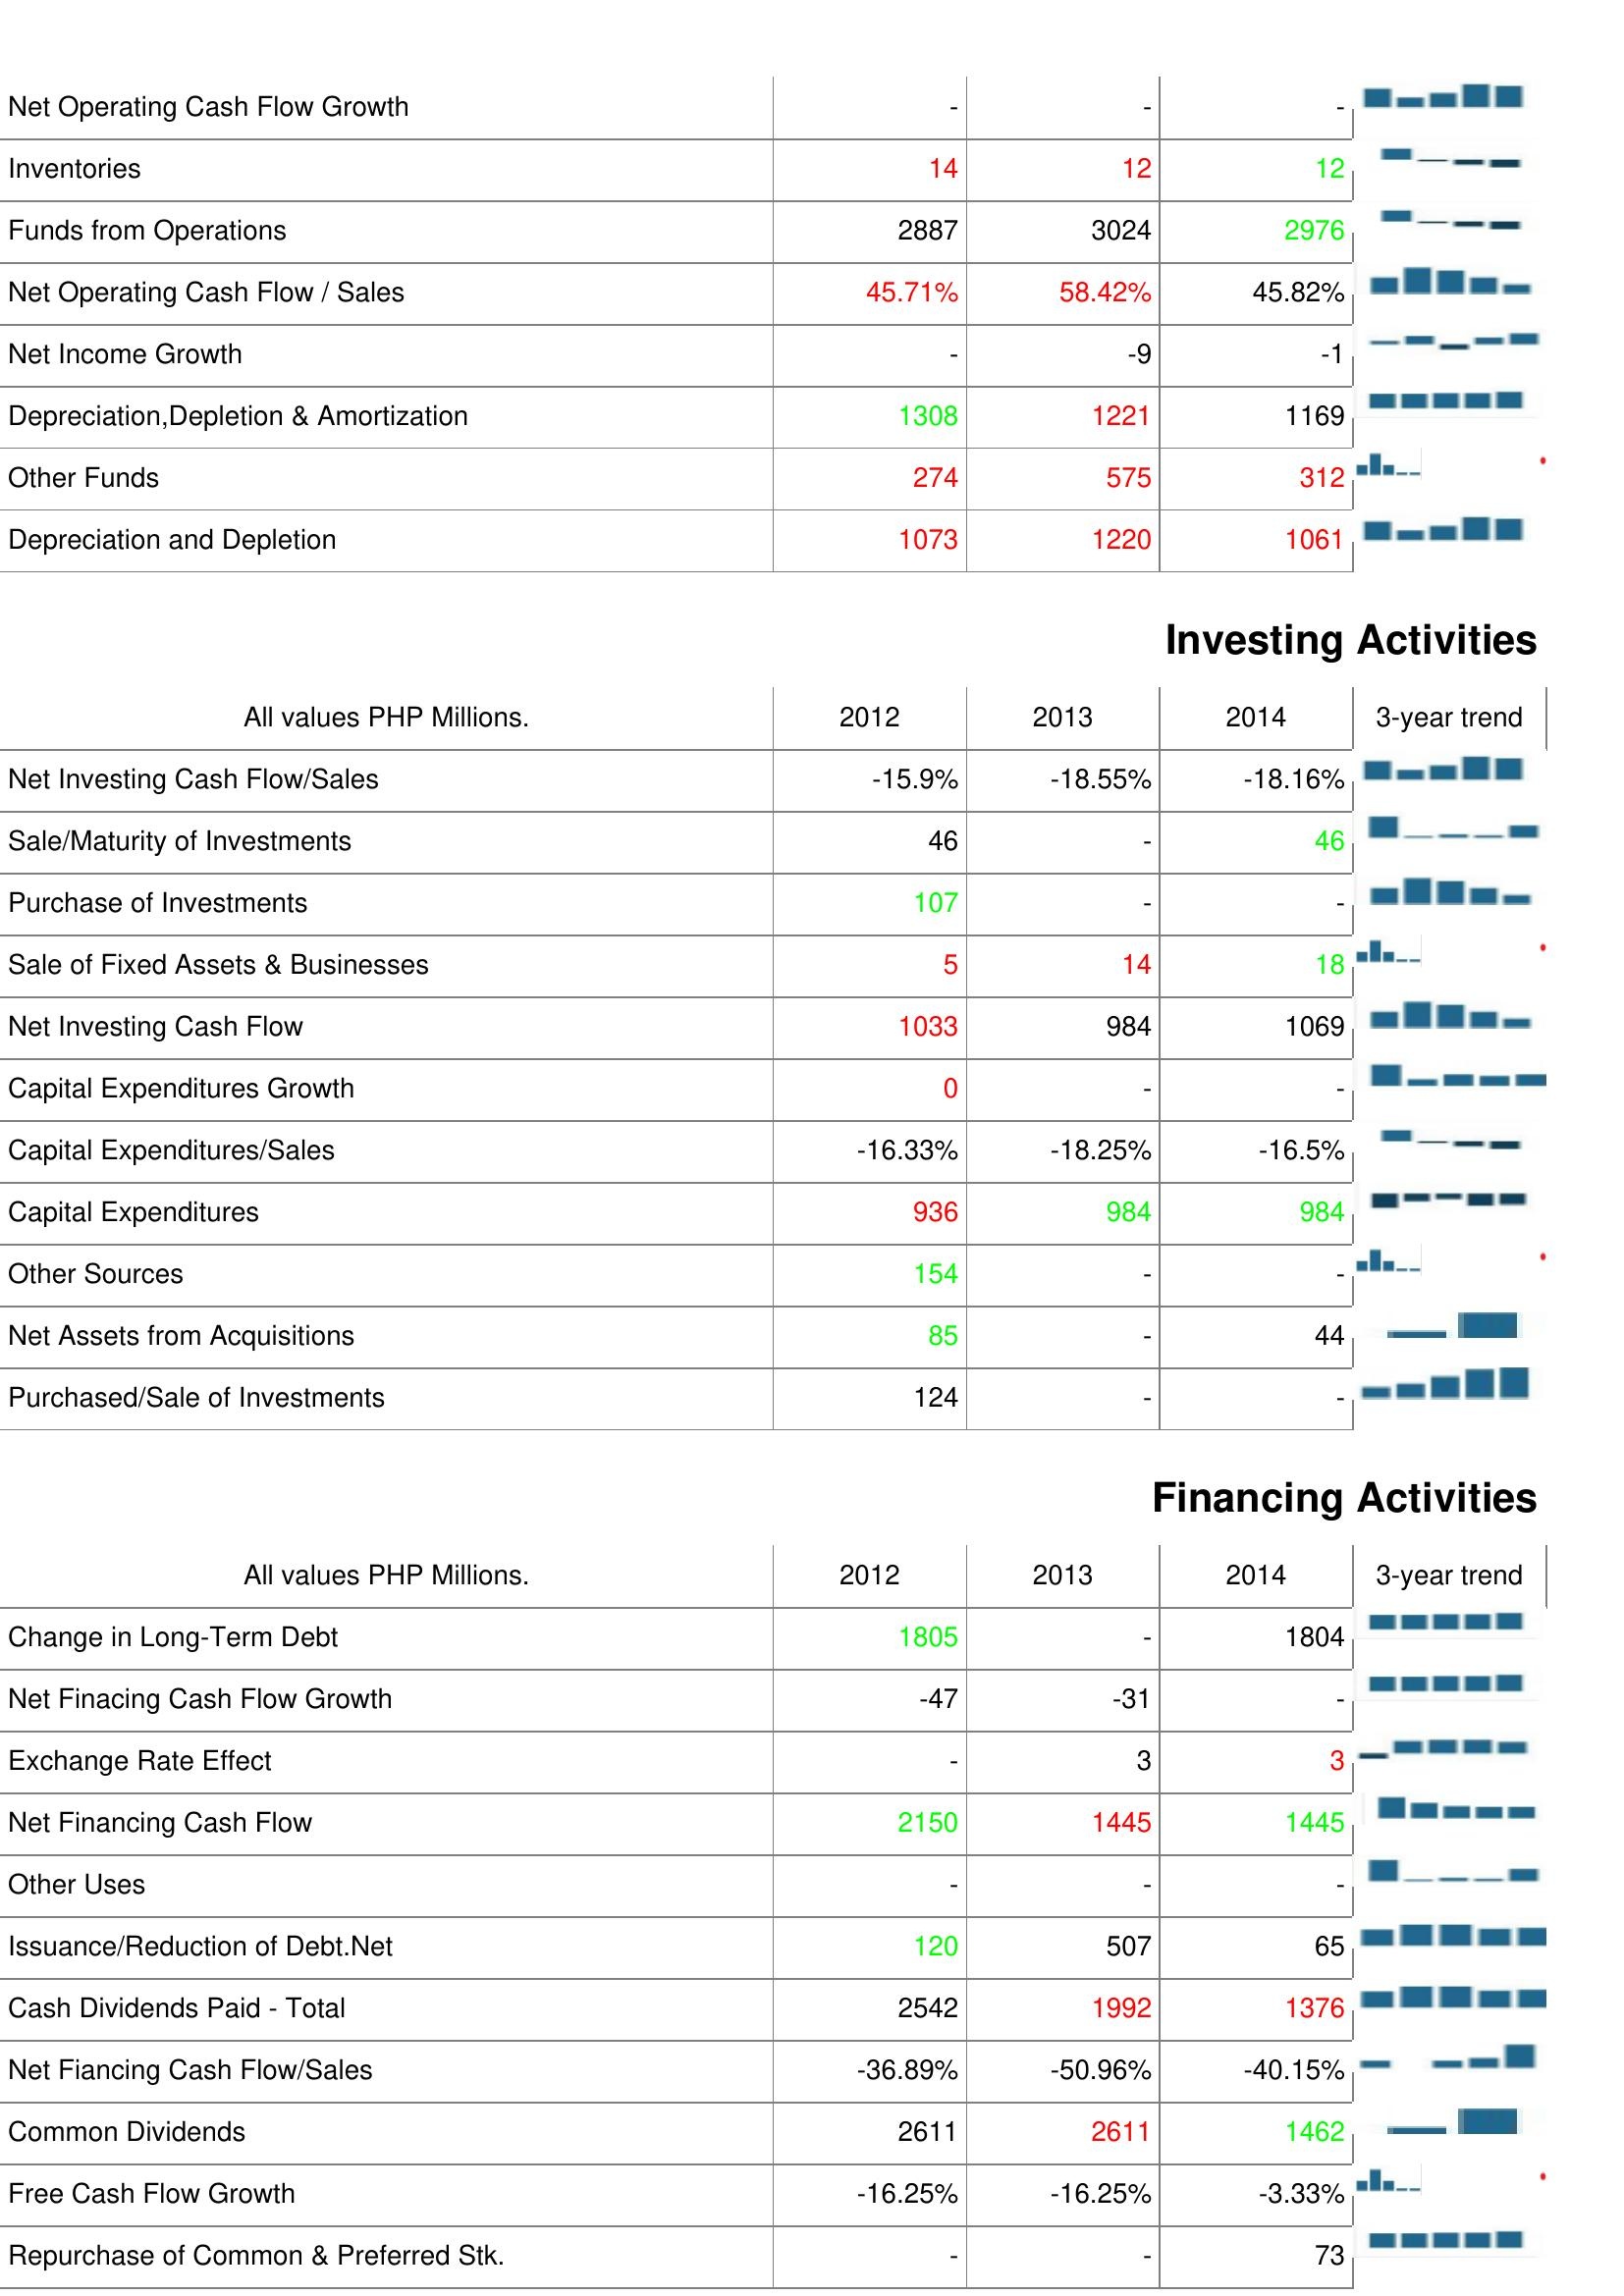
2012: Operating Activities: Net Operating Cash Flow Growth: -
Inventories: 14
Funds from Operations: 2887
Net Operating Cash Flow / Sales: 45.71%
Net Income Growth: -
Depreciation,Depletion & Amortization: 1308
Other Funds: 274
Depreciation and Depletion: 1073
Investing Activities: Net Investing Cash Flow/Sales: -15.9%
Sale/Maturity of Investments: 46
Purchase of Investments: 107
Sale of Fixed Assets & Businesses: 5
Net Investing Cash Flow: 1033
Capital Expenditures Growth: 0
Capital Expenditures/Sales: -16.33%
Capital Expenditures: 936
Other Sources: 154
Net Assets from Acquisitions: 85
Purchased/Sale of Investments: 124
Financing Activities: Change in Long-Term Debt: 1805
Net Finacing Cash Flow Growth: -47
Exchange Rate Effect: -
Net Financing Cash Flow: 2150
Other Uses: -
Issuance/Reduction of Debt.Net: 120
Cash Dividends Paid - Total: 2542
Net Fiancing Cash Flow/Sales: -36.89%
Common Dividends: 2611
Free Cash Flow Growth: -16.25%
Repurchase of Common & Preferred Stk.: -
2013: Operating Activities: Net Operating Cash Flow Growth: -
Inventories: 12
Funds from Operations: 3024
Net Operating Cash Flow / Sales: 58.42%
Net Income Growth: -9
Depreciation,Depletion & Amortization: 1221
Other Funds: 575
Depreciation and Depletion: 1220
Investing Activities: Net Investing Cash Flow/Sales: -18.55%
Sale/Maturity of Investments: -
Purchase of Investments: -
Sale of Fixed Assets & Businesses: 14
Net Investing Cash Flow: 984
Capital Expenditures Growth: -
Capital Expenditures/Sales: -18.25%
Capital Expenditures: 984
Other Sources: -
Net Assets from Acquisitions: -
Purchased/Sale of Investments: -
Financing Activities: Change in Long-Term Debt: -
Net Finacing Cash Flow Growth: -31
Exchange Rate Effect: 3
Net Financing Cash Flow: 1445
Other Uses: -
Issuance/Reduction of Debt.Net: 507
Cash Dividends Paid - Total: 1992
Net Fiancing Cash Flow/Sales: -50.96%
Common Dividends: 2611
Free Cash Flow Growth: -16.25%
Repurchase of Common & Preferred Stk.: -
2014: Operating Activities: Net Operating Cash Flow Growth: -
Inventories: 12
Funds from Operations: 2976
Net Operating Cash Flow / Sales: 45.82%
Net Income Growth: -1
Depreciation,Depletion & Amortization: 1169
Other Funds: 312
Depreciation and Depletion: 1061
Investing Activities: Net Investing Cash Flow/Sales: -18.16%
Sale/Maturity of Investments: 46
Purchase of Investments: -
Sale of Fixed Assets & Businesses: 18
Net Investing Cash Flow: 1069
Capital Expenditures Growth: -
Capital Expenditures/Sales: -16.5%
Capital Expenditures: 984
Other Sources: -
Net Assets from Acquisitions: 44
Purchased/Sale of Investments: -
Financing Activities: Change in Long-Term Debt: 1804
Net Finacing Cash Flow Growth: -
Exchange Rate Effect: 3
Net Financing Cash Flow: 1445
Other Uses: -
Issuance/Reduction of Debt.Net: 65
Cash Dividends Paid - Total: 1376
Net Fiancing Cash Flow/Sales: -40.15%
Common Dividends: 1462
Free Cash Flow Growth: -3.33%
Repurchase of Common & Preferred Stk.: 73